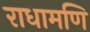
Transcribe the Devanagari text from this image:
राधामणि